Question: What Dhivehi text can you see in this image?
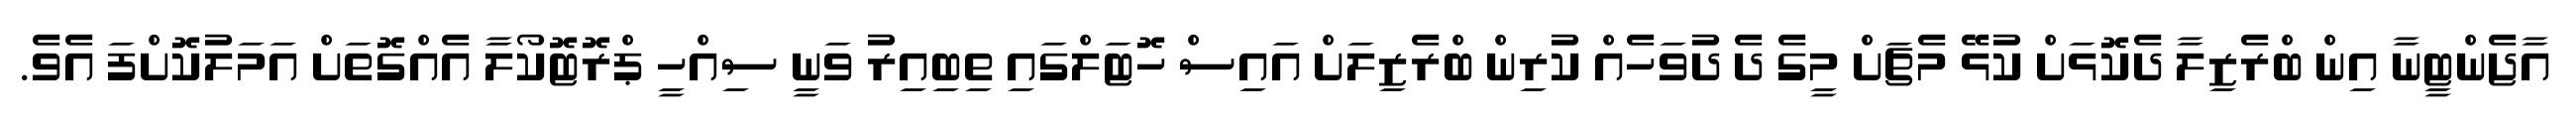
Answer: އާޖެންޓީނާ އިން ބްރެޒިލާ ދެކޮޅަށް ކުޅޭ މެޗަށް މީގެ ދެ ދުވަހެއް ކުރިން ބްރެޒިލަށް އައިސް ހޮޓަލްގައި ތިބިއިރު ވަނީ ސިއްހީ ޕްރޮޓޮކޯލާ އެއްގޮތަށް އަމަލުކޮށްފަ އެވެ.